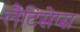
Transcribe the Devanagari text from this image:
लैटिसेप्स